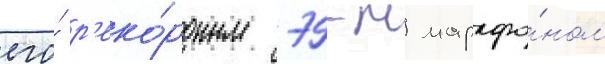
его́ р'еко́рдным 79-м марафо́ном